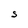
Character: s